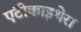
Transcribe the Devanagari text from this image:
एंटीकाइथेरा